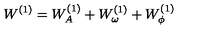
W ^ { ( 1 ) } = W _ { A } ^ { ( 1 ) } + W _ { \omega } ^ { ( 1 ) } + W _ { \phi } ^ { ( 1 ) }